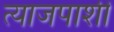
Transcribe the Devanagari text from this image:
त्याजपाशी